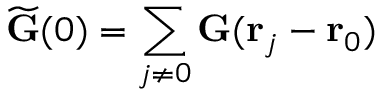
\widetilde { \mathbf G } ( 0 ) = \sum _ { j \neq 0 } \mathbf G ( \mathbf r _ { j } - \mathbf r _ { 0 } )